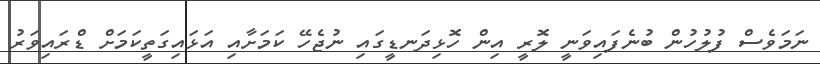
ނަމަވެސް ފުލުހުން ބުނެފައިވަނީ ލޮރީ އިން ހޮޅިދަނޑީގައި ނުޖެހޭ ކަމަށާއި އަޅައިގަތީކަމަށް ޑްރައިވަރު